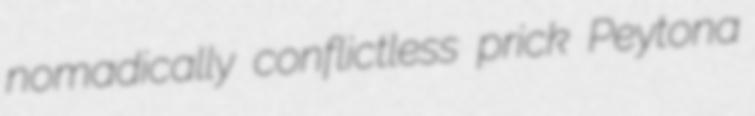
nomadically conflictless prick Peytona